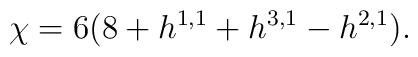
\chi = 6 (8 +  h^{1,1}  +  h^{3,1}  -  h^{2,1} ).